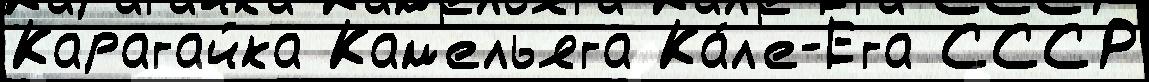
Карагайка Кам'ельяга Ка́л'е-Ега СССР